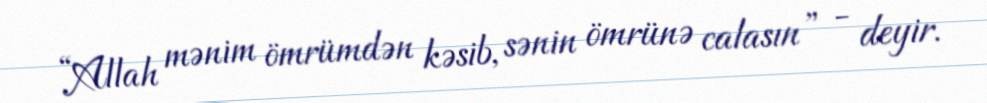
“Allah mənim ömrümdən kəsib, sənin ömrünə calasın” - deyir.